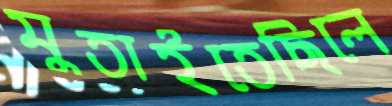
মুতাইতেছিলে